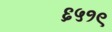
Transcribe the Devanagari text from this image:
६५१९